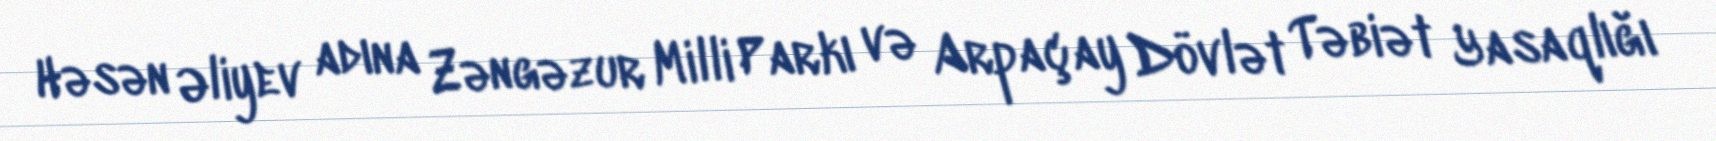
Həsən Əliyev adına Zəngəzur Milli Parkı və Arpaçay Dövlət Təbiət Yasaqlığı